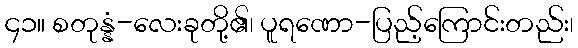
၄၁။ စတုန္နံ-လေးခုတို့၏၊ ပူရဏော-ပြည့်ကြောင်းတည်း၊